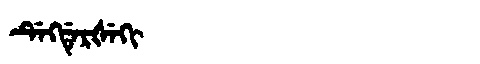
Manchu: ᡩᡝᡴᡩᡝᡵᡧᡝᡴᡳ
Romanization: DEKDERŠEKI